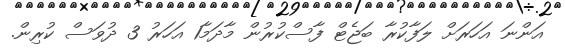
އަންނަ އަހަރަށް ލަފާކުރާ ބަޖެޓް ފާސްކުރުން މާދަމާ1 އަހަރު 3 ދުވަސް ކުރިން.